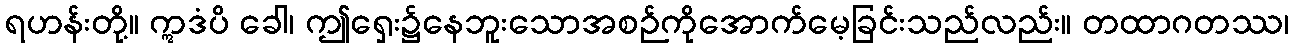
ရဟန်းတို့။ ဣဒံပိ ခေါ၊ ဤရှေး၌နေဘူးသောအစဉ်ကိုအောက်မေ့ခြင်းသည်လည်း။ တထာဂတဿ၊